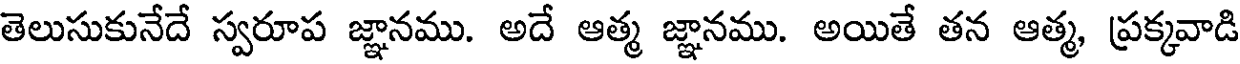
తెలుసుకునేదే స్వరూప జ్ఞానము. అదే ఆత్మ జ్ఞానము. అయితే తన ఆత్మ, ప్రక్కవాడి